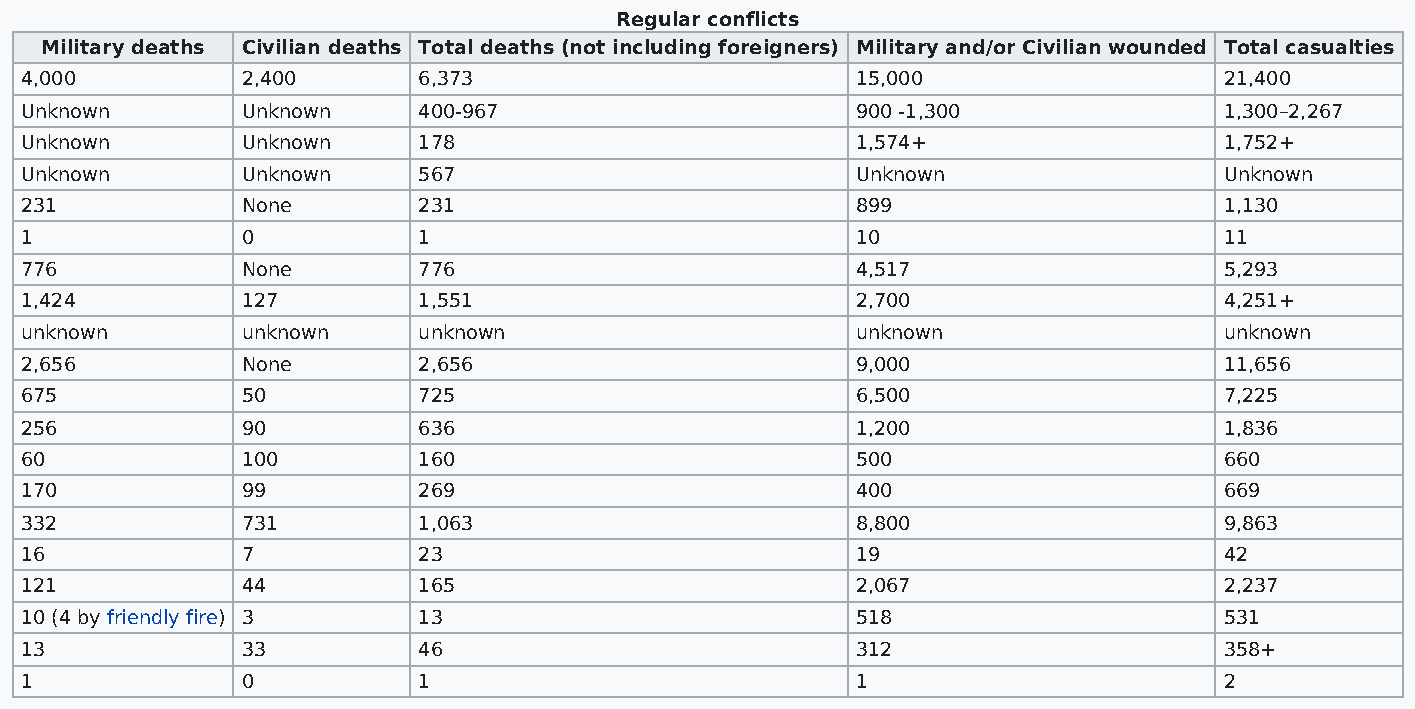
Regular conflicts
 Military deaths Civilian deaths Total deaths (not including foreigners) Military and/or Civilian wounded Total casualties
 4,000          2,400       6,373                        15,000                  21,400
 Unknown        Unknown     400-967                      900 -1,300              1,300–2,267
 Unknown        Unknown     178                          1,574+                  1,752+
 Unknown        Unknown     567                          Unknown                 Unknown
 231            None        231                          899                     1,130
 1              0           1                            10                      11
 776            None        776                          4,517                   5,293
 1,424          127         1,551                        2,700                   4,251+
 unknown        unknown     unknown                      unknown                 unknown
 2,656          None        2,656                        9,000                   11,656
 675            50          725                          6,500                   7,225
 256            90          636                          1,200                   1,836
 60             100         160                          500                     660
 170            99          269                          400                     669
 332            731         1,063                        8,800                   9,863
 16             7           23                           19                      42
 121            44          165                          2,067                   2,237
 10 (4 by friendly fire) 3  13                           518                     531
 13             33          46                           312                     358+
 1              0           1                            1                       2